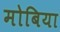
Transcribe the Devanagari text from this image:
मोबिया